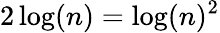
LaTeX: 2\log(n)=\log(n)^{2}